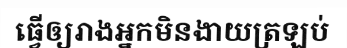
ធ្វើឲ្យរាងអ្នកមិនងាយត្រឡប់